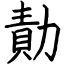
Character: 勣